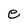
Character: e